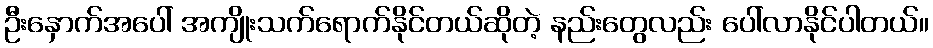
ဦးနှောက်အပေါ် အကျိုးသက်ရောက်နိုင်တယ်ဆိုတဲ့ နည်းတွေလည်း ပေါ်လာနိုင်ပါတယ်။